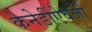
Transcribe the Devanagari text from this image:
केनेडींऐवजी